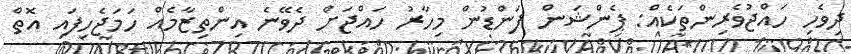
ދިވެހި ހައްޖުވެރިންތަކެއް: ޕެންޝަން ފަންޑުން މިހާރު ހައްޖަށް ދެވޭނެ އިންތިޒާމެއް ހަމަޖެހިފައި އޮތް